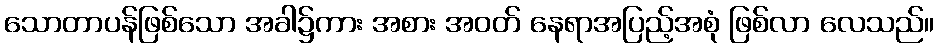
သောတာပန်ဖြစ်သော အခါ၌ကား အစား အဝတ် နေရာအပြည့်အစုံ ဖြစ်လာ လေသည်။